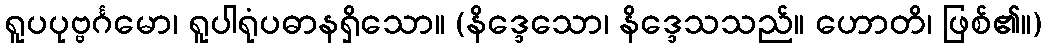
ရူပပုဗ္ဗင်္ဂမော၊ ရူပါရုံပဓာနရှိသော။ (နိဒ္ဒေသော၊ နိဒ္ဒေသသည်။ ဟောတိ၊ ဖြစ်၏။)